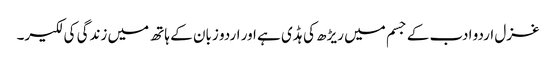
غزل اردو ادب کے جسم میں ریڑھ کی ہڈی ہے اور اردو زبان کے ہاتھ میں زندگی کی لکیر۔